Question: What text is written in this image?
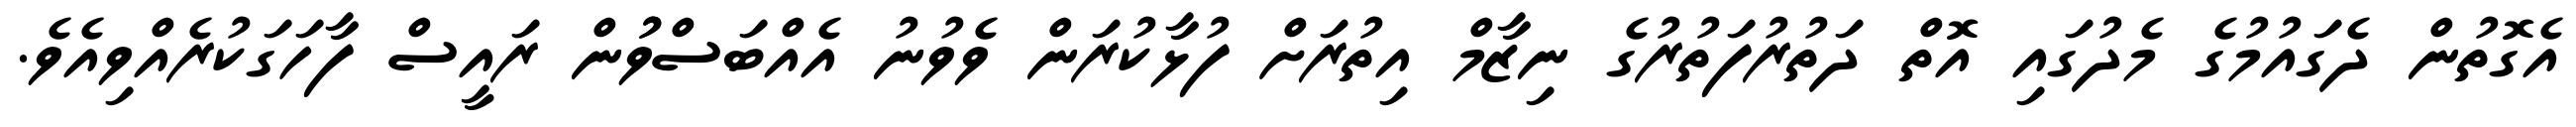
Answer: އެގޮތުން ދެގައުމުގެ މެދުގައި އޮތް ދަތުރުފަތުރުގެ ނިޒާމް އިތުރަށް ފުޅާކުރަން ވެވުނު އެއްބަސްވުުން ރައީސް ފާހަގަކުރެއްވިއެވެ.